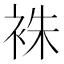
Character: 袾